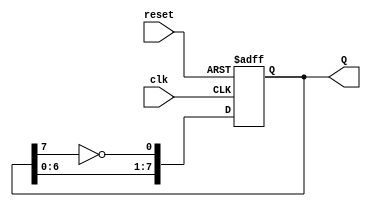
module JohnsonCounter (
    input wire clk,       // Clock input
    input wire reset,     // Asynchronous reset input
    output reg [7:0] Q    // 8-bit output representing the current state of the counter
);

    always @(posedge clk or posedge reset) begin
        if (reset) begin
            Q <= 8'b00000000; // Initialize counter to 00000000 on reset
        end else begin
            // Johnson counter logic
            Q <= {Q[6:0], ~Q[7]}; // Shift left and insert inverted Q7
        end
    end

endmodule